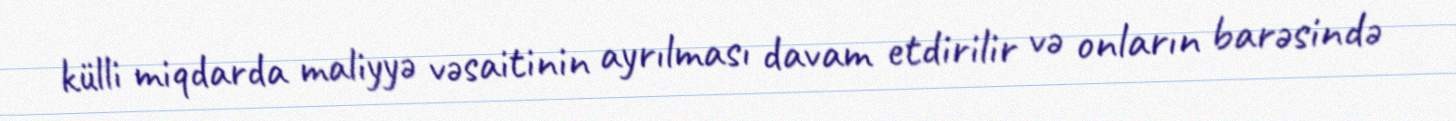
külli miqdarda maliyyə vəsaitinin ayrılması davam etdirilir və onların barəsində